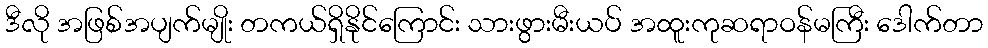
ဒီလို အဖြစ်အပျက်မျိုး တကယ်ရှိနိုင်ကြောင်း သားဖွားမီးယပ် အထူးကုဆရာဝန်မကြီး ဒေါက်တာ